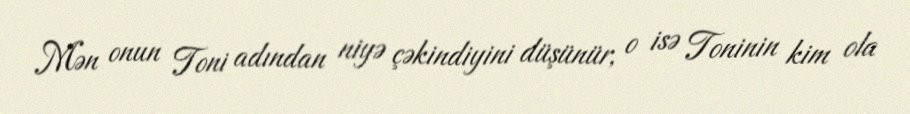
Mən onun Toni adından niyə çəkindiyini düşünür, o isə Toninin kim ola